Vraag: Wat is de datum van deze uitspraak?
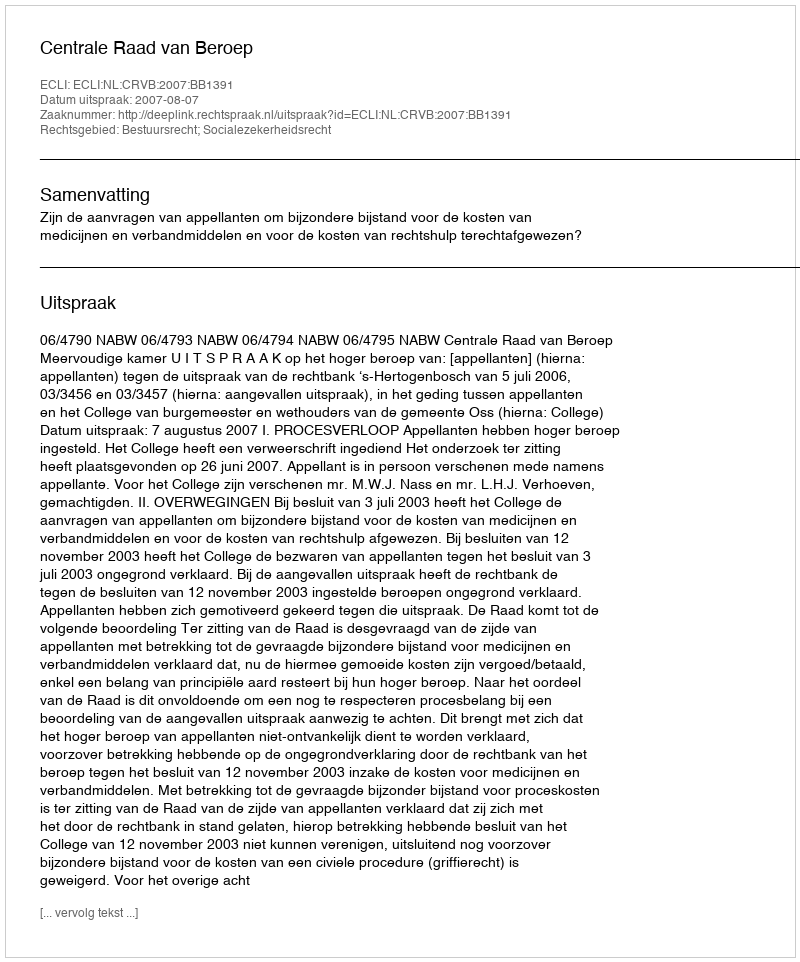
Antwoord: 2007-08-07